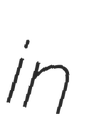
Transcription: in